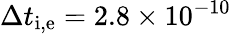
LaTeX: \Delta t_{\mathrm{i,e}}=2.8\times 10^{-10}